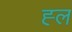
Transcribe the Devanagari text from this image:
ह्ल